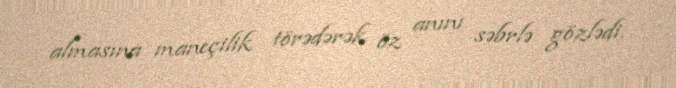
almasına maneçilik törədərək öz anını səbrlə gözlədi.